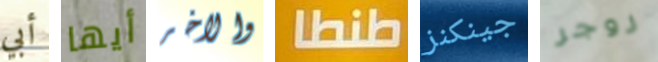
أبي أيها والاخر طنطا جينكنز روجر